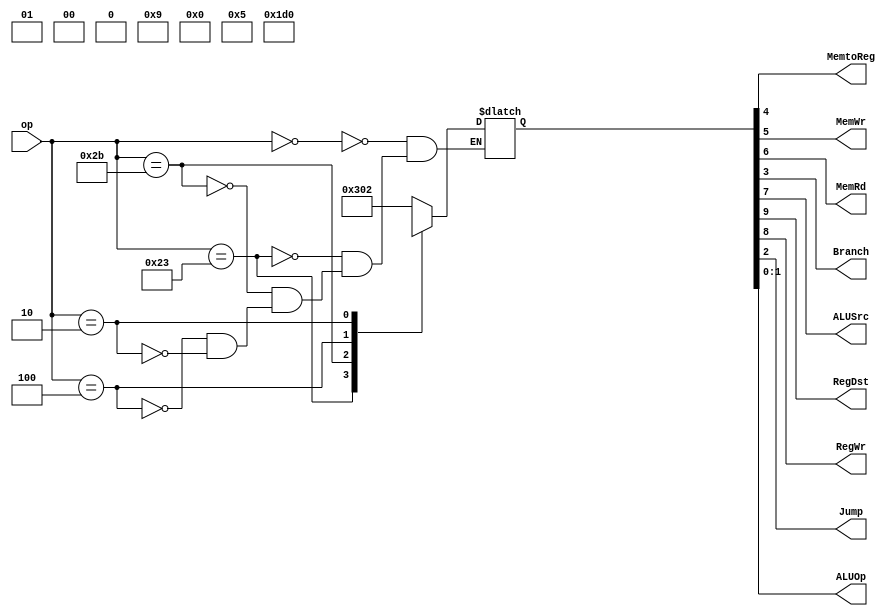
module MCU(
    input [5:0] op,
    output MemtoReg,MemWr,MemRd,
    output Branch,ALUSrc,
    output RegDst,RegWr,
    output Jump,
    output [1:0] ALUOp
    );
    reg [9:0] controls;
    assign{RegDst,RegWr,ALUSrc,MemRd,MemWr,MemtoReg,Branch,Jump,ALUOp}=controls;
    always @(*)
        case(op)
            6'b000000:controls<=10'b1100000010;//R
            6'b100011:controls<=10'b0111010000;//LW
            6'b101011:controls<=10'bx0101x0000;//SW
            6'b000100:controls<=10'bx0000x1001;//beq
            6'b000010:controls<=10'bx0x00x01xx;//j
        endcase
endmodule